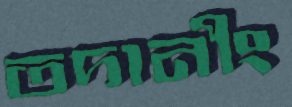
তদানীং